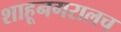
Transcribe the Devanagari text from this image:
शाहूनगरालच